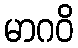
မာဂဝိ